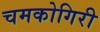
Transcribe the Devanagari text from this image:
चमकोगिरी